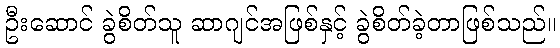
ဦးဆောင် ခွဲစိတ်သူ ဆာဂျင်အဖြစ်နှင့် ခွဲစိတ်ခဲ့တာဖြစ်သည်။